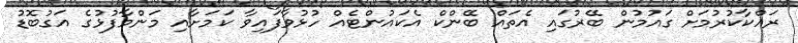
ރައްކާކުރުމަށް ގައުމުން ބޭރުގައި އެތައް ބޭންކް އެކައުންޓެއް ހުޅުވާފައިވާ ކަމަށާއި މަންމާފުޅުގެ އަގުބޮޑު